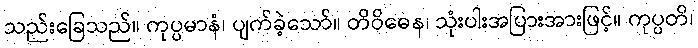
သည်းခြေသည်။ ကုပ္ပမာနံ၊ ပျက်ခဲ့သော်။ တိဝိဓေန၊ သုံးပါးအပြားအားဖြင့်။ ကုပ္ပတိ၊